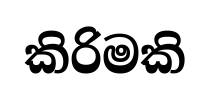
කිරිමකි